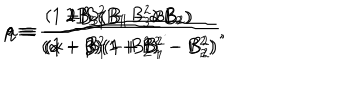
p \equiv \frac { 2 B _ { 3 } ( B _ { 1 } - \alpha B _ { 2 } ) } { ( \alpha - \beta ) ( 1 + B _ { 1 } ^ { 2 } - B _ { 2 } ^ { 2 } ) } , \hspace { 0 . 3 c m } q \equiv \frac { 2 B _ { 3 } ( B _ { 1 } - \beta B _ { 2 } ) } { ( \alpha - \beta ) ( 1 + B _ { 1 } ^ { 2 } - B _ { 2 } ^ { 2 } ) } , \hspace { 0 . 3 c m } a \equiv \frac { ( 1 + B _ { 1 } ^ { 2 } - B _ { 3 } ^ { 2 } ) } { ( 1 + B _ { 1 } ^ { 2 } - B _ { 2 } ^ { 2 } ) } .